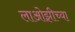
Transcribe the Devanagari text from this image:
लाओझीच्या